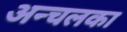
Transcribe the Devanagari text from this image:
अन्चलका